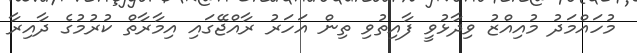
މުހައްމަދު މުއިއްޒު ވިދާޅުވީ ފާއިތުވި ތިން އަހަރު ރާއްޖޭގައި އިމާރާތް ކުރުމުގެ ދާއިރާ